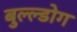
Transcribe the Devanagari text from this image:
बुल्ल्डोग